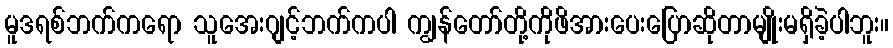
မူဒရစ်ဘက်ကရော သူအေးဂျင့်ဘက်ကပါ ကျွန်တော်တို့ကိုဖိအားပေးပြောဆိုတာမျိုးမရှိခဲ့ပါဘူး။